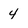
Character: 4